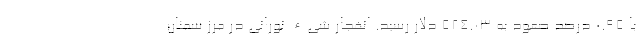
با ۰.۹۵ درصد صعود به ۵۲۴.۰۳ دلار رسید. انفجار شیء نورانی در مرز سمنان